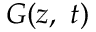
G ( z , \ t )